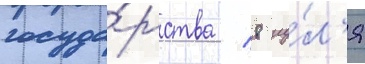
госуда́рства / 8 иу́л'я